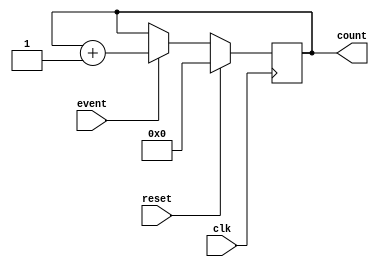
module Counter(
    input clk, // Clock signal
    input reset, // Reset signal
    input event, // Input event signal
    output reg [31:0] count // Output count value
);

always @(posedge clk) begin
    if (reset) begin // Reset the count value to 0
        count <= 0;
    end else begin
        if (event) begin // Increment the count value when an input event is detected
            count <= count + 1;
        end
    end
end

endmodule